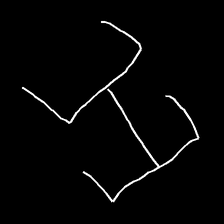
Glyph: entwine